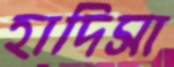
হাদিসা